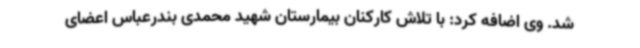
شد. وی اضافه کرد: با تلاش کارکنان بیمارستان شهید محمدی بندرعباس اعضای